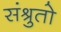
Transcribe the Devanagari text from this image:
संश्रुतो